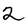
Character: 2